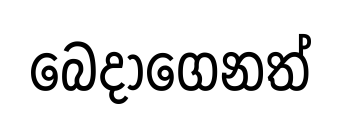
බෙදාගෙනත්